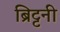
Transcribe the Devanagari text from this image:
ब्रिट्टनी